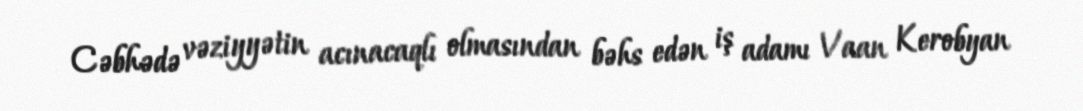
Cəbhədə vəziyyətin acınacaqlı olmasından bəhs edən iş adamı Vaan Kerobyan